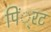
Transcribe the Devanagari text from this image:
पिं्रट